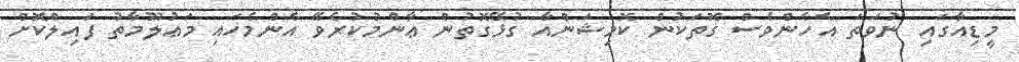
މީޑިއާގައި ނުވަތަ އެހެންވެސް ގޮތަކުން ކޮމިޝަންއާ ގުޅޭގޮތުން ޢާންމުކުރެވޭ އެންމެހައި މަޢުލޫމާތު ފައިލްކޮށް